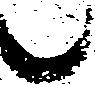
候